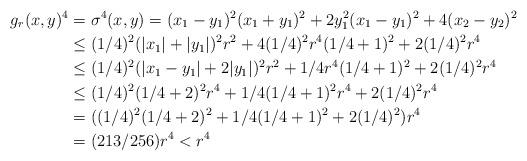
LaTeX: \begin{align*}g_r(x,y)^4&=\sigma^4(x,y)=(x_1-y_1)^2(x_1+y_1)^2+2y_1^2(x_1-y_1)^2+4(x_2-y_2)^2\\&\leq (1/4)^2(|x_1|+|y_1|)^2r^2+4(1/4)^2r^4(1/4+1)^2+2(1/4)^2r^4\\&\leq (1/4)^2(|x_1-y_1|+2|y_1|)^2r^2+1/4r^4(1/4+1)^2+2(1/4)^2r^4\\&\leq (1/4)^2(1/4+2)^2r^4+1/4(1/4+1)^2r^4+2(1/4)^2r^4\\&=((1/4)^2(1/4+2)^2+1/4(1/4+1)^2+2(1/4)^2)r^4\\&=(213/256)r^4<r^4\end{align*}